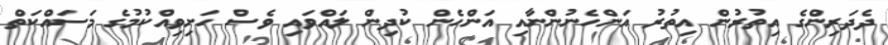
ދެދަރިންގެ އިތުރުން އިތުރު އަންހެނުންނާއި އަންހެން ކުދިން ލައްވައި ވެސް ހަށިވިއްކުމުގެ މަސައްކަތް